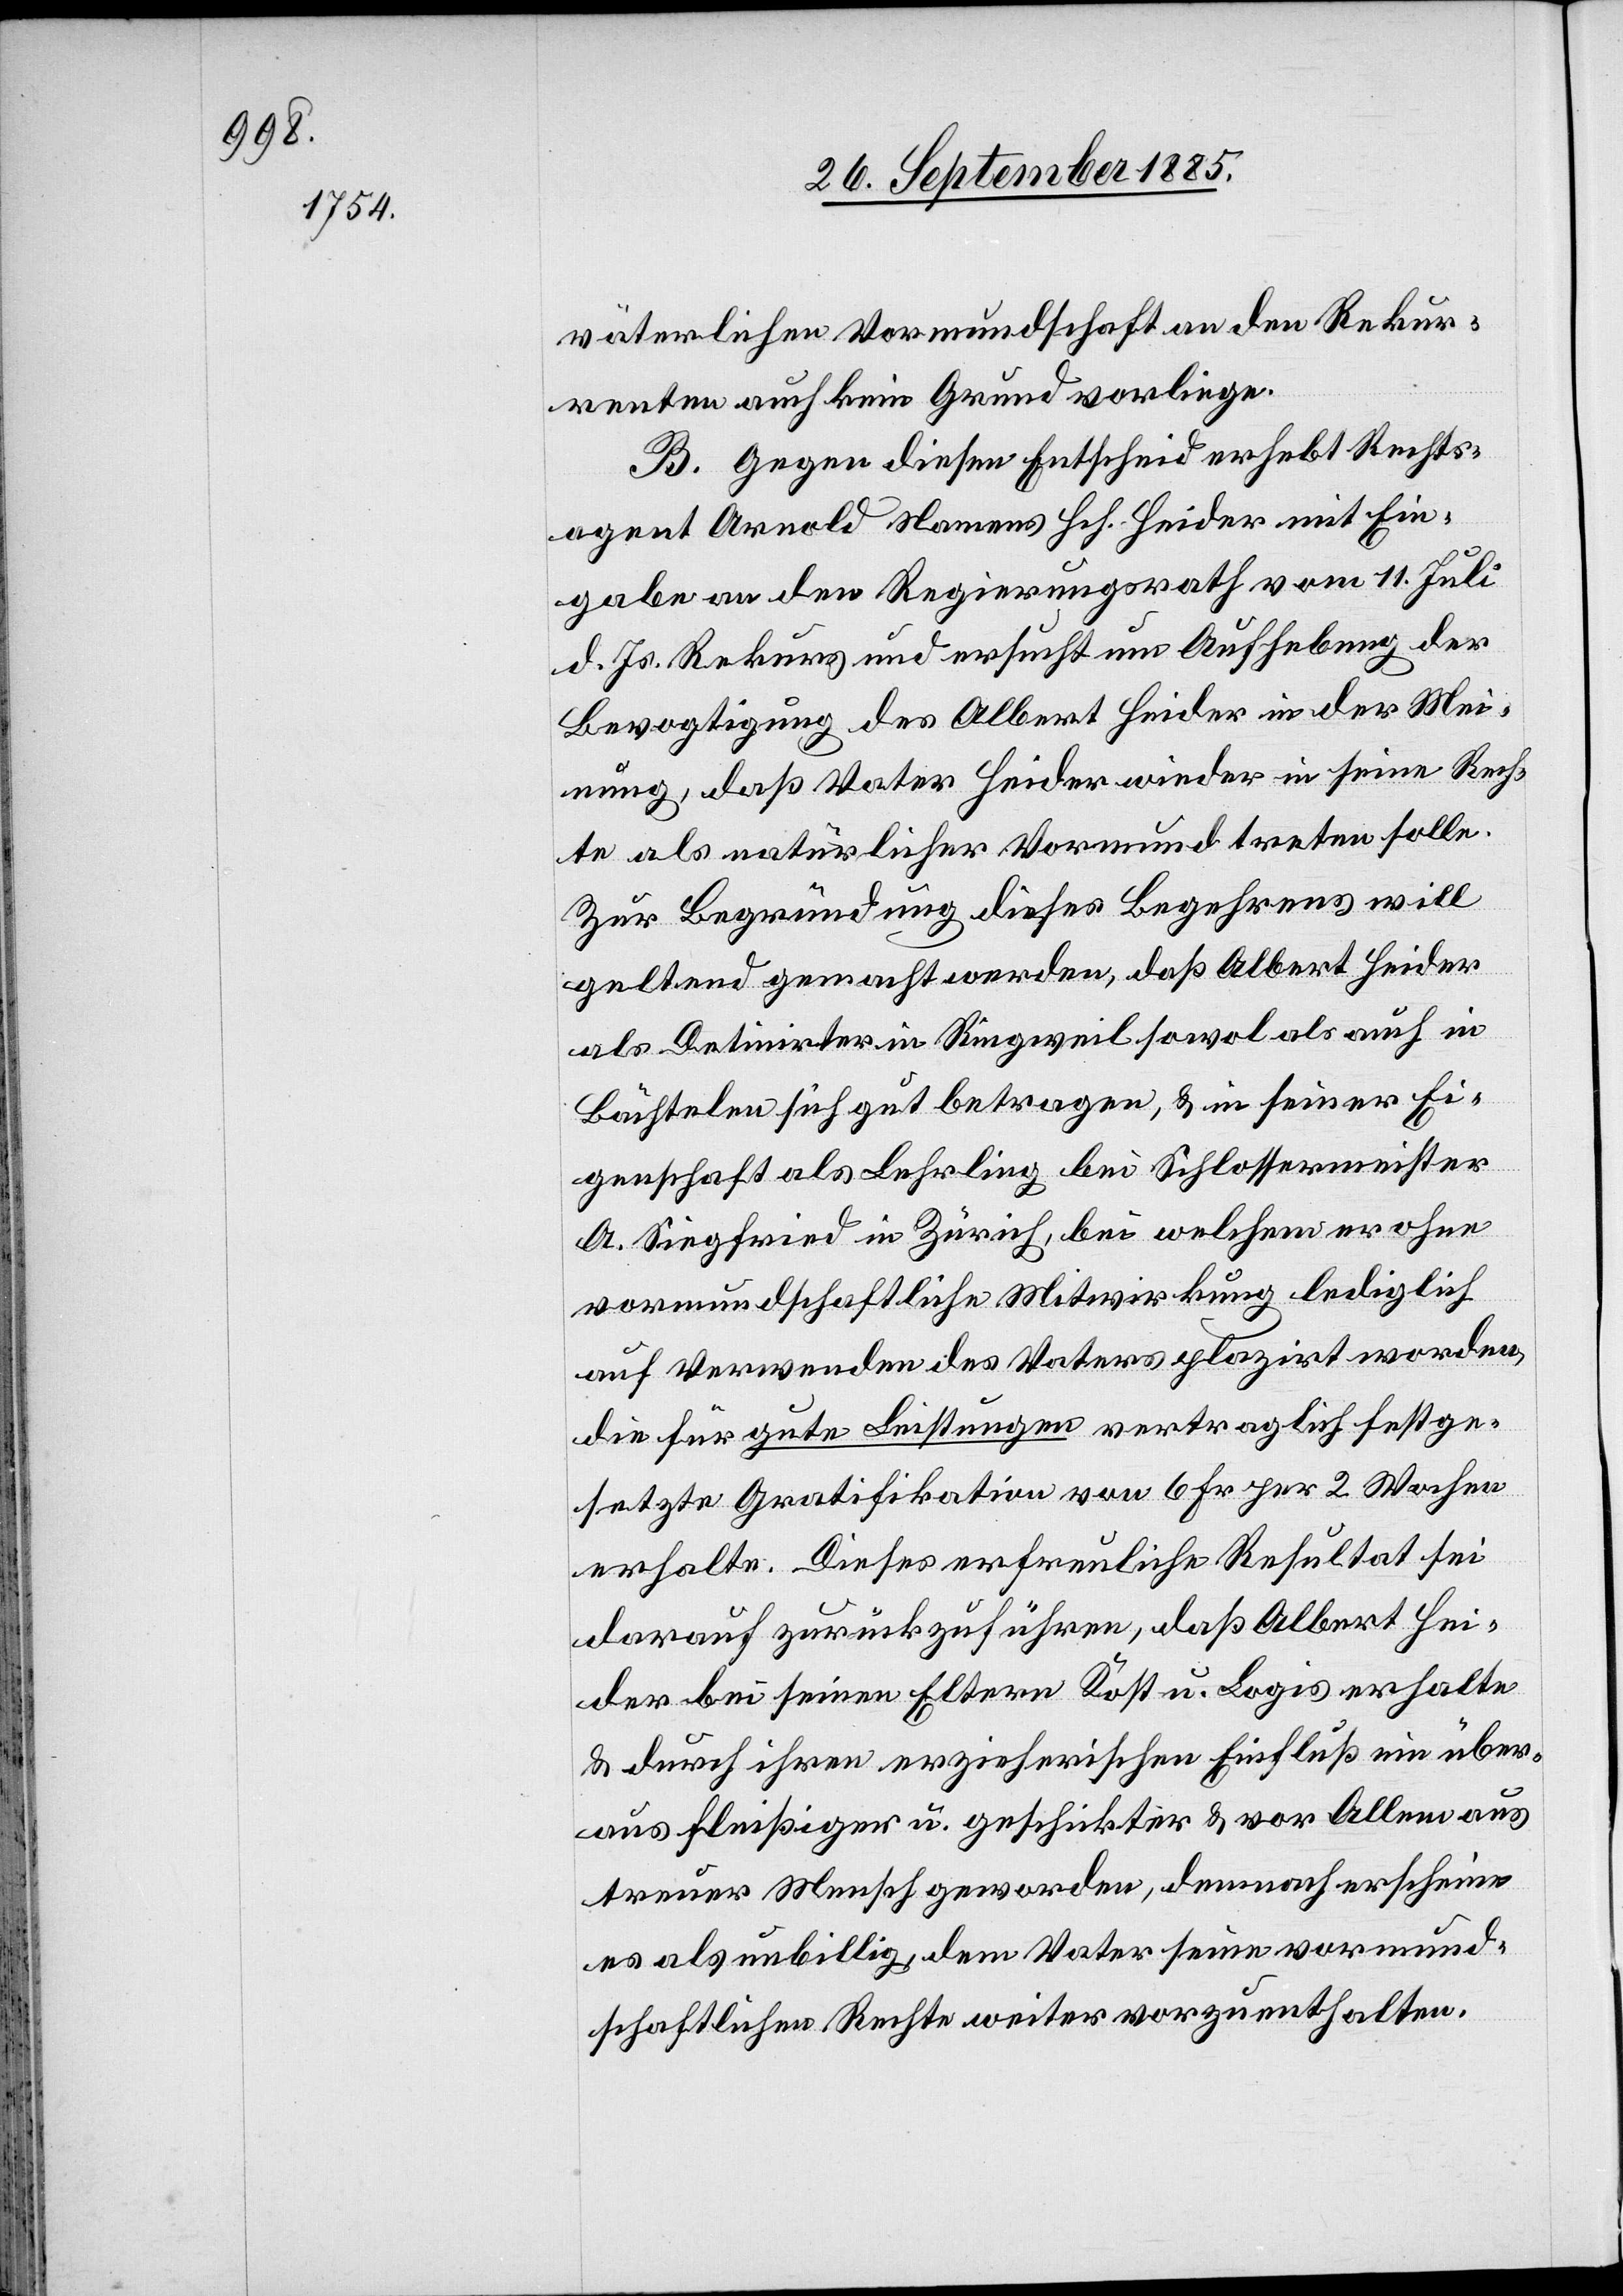
väterlichen Vormundschaft an den Rekur¬
renten auch kein Grund vorliege.
B. Gegen diesen Entscheid erhebt Rechts¬
agent Arnold Namens Hch. Heider mit Ein¬
gabe an den Regierungsrath vom 11. Juli
d. Js. Rekurs und ersucht um Aufhebung der
Bevogtigung des Albert Heider in der Mei¬
nung, daß Vater Heider wieder in seine Rech¬
te als natürlicher Vormund treten solle.
Zur Begründung dieses Begehrens will
geltend gemacht werden, daß Albert Heider
als Detinirter in Ringweil sowol als auch in
Bächtelen sich gut betragen, & in seiner Ei¬
genschaft als Lehrling bei Schlossermeister
A. Siegfried in Zürich, bei welchem er ohne
vormundschaftliche Mitwirkung lediglich
auf Verwenden des Vaters plazirt worden,
die für gute Leistungen vertraglich festge¬
setzte Gratifikation von 6 Fr. per 2 Wochen
erhalte. Dieses erfreuliche Resultat sei
darauf zurückzuführen, daß Albert Hei¬
der bei seinen Eltern Kost u. Logis erhalte
& durch ihren erzieherischen Einfluß ein über¬
aus fleißiger u. geschickter & vor Allem aus
treuer Mensch geworden, demnach erschiene
es als unbillig, dem Vater seine vormund¬
schaftlichen Rechte weiter vorzuenthalten.